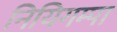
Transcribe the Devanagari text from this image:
नियिगम्‍पा